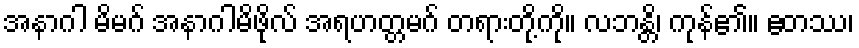
အနာဂါ မိမဂ် အနာဂါမိဖိုလ် အရဟတ္တမဂ် တရားတို့ကို။ လဘန္တိ၊ ကုန်၏။ ဧတဿ၊